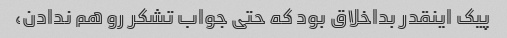
پیک اینقدر بداخلاق بود که حتی جواب تشکر رو هم ندادن،